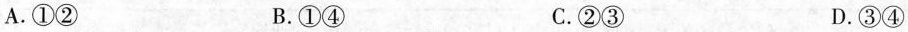
A.①② B.①④ C.②③ D.③④